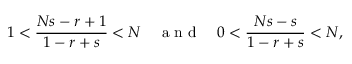
1 < \frac { N s - r + 1 } { 1 - r + s } < N \quad \mathrm { ~ a ~ n ~ d ~ } \quad 0 < \frac { N s - s } { 1 - r + s } < N ,